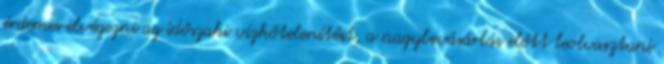
érdemes elvégezni az időszaki vízkőtelenítést, a nagybevásárlás előtt leolvasztani